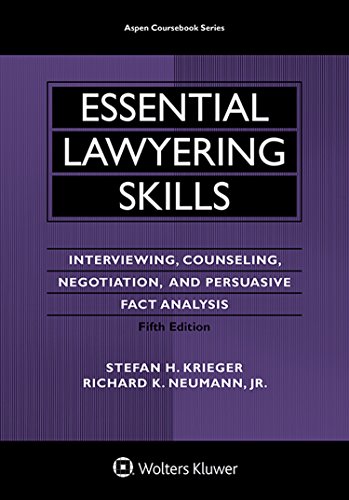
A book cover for Essential Lawyering Skills (Aspen Coursebook); Stefan H. Krieger; Law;